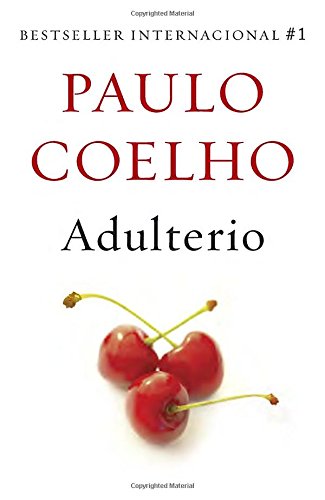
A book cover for Adulterio (Spanish Edition); Paulo Coelho; Literature & Fiction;